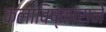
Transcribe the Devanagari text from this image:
कलाविष्काराने